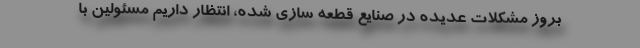
بروز مشکلات عدیده در صنایع قطعه سازی شده، انتظار داریم مسئولین با